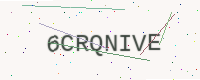
Text: 6CRQNIVE